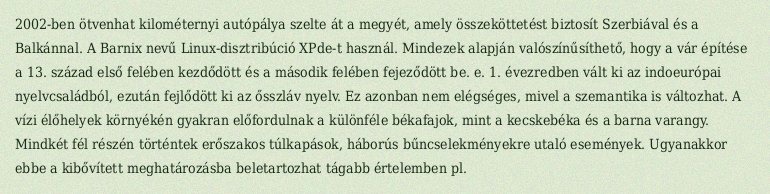
2002-ben ötvenhat kilométernyi autópálya szelte át a megyét, amely összeköttetést biztosít Szerbiával és a Balkánnal. A Barnix nevű Linux-disztribúció XPde-t használ. Mindezek alapján valószínűsíthető, hogy a vár építése a 13. század első felében kezdődött és a második felében fejeződött be. e. 1. évezredben vált ki az indoeurópai nyelvcsaládból, ezután fejlődött ki az ősszláv nyelv. Ez azonban nem elégséges, mivel a szemantika is változhat. A vízi élőhelyek környékén gyakran előfordulnak a különféle békafajok, mint a kecskebéka és a barna varangy. Mindkét fél részén történtek erőszakos túlkapások, háborús bűncselekményekre utaló események. Ugyanakkor ebbe a kibővített meghatározásba beletartozhat tágabb értelemben pl.